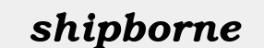
shipborne